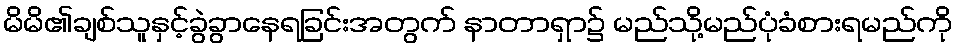
မိမိ၏ချစ်သူနှင့်ခွဲခွာနေရခြင်းအတွက် နာတာရှာ၌ မည်သို့မည်ပုံခံစားရမည်ကို